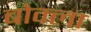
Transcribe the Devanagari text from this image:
बोक्ला